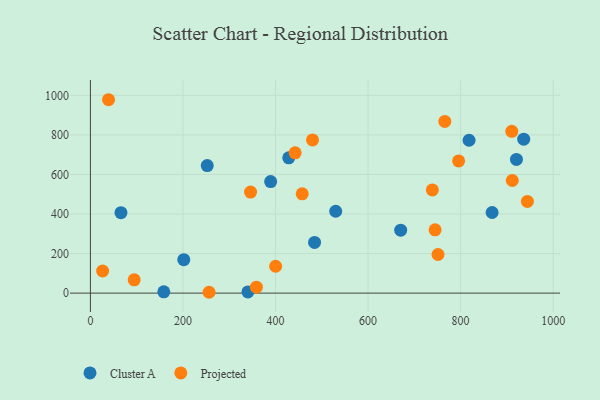
{"axis": {"x": "Price", "y": "Sales"}, "legend": ["Cluster A", "Projected"], "data": [{"x": "530.1", "y": 414.0, "type": "Cluster A"}, {"x": "252.5", "y": 645.0, "type": "Cluster A"}, {"x": "868.1", "y": 407.6, "type": "Cluster A"}, {"x": "66.0", "y": 406.8, "type": "Cluster A"}, {"x": "201.8", "y": 168.8, "type": "Cluster A"}, {"x": "158.6", "y": 6.6, "type": "Cluster A"}, {"x": "936.4", "y": 778.4, "type": "Cluster A"}, {"x": "484.4", "y": 256.4, "type": "Cluster A"}, {"x": "818.3", "y": 772.9, "type": "Cluster A"}, {"x": "428.6", "y": 684.0, "type": "Cluster A"}, {"x": "670.5", "y": 318.3, "type": "Cluster A"}, {"x": "920.7", "y": 676.0, "type": "Cluster A"}, {"x": "389.5", "y": 563.9, "type": "Cluster A"}, {"x": "340.4", "y": 6.1, "type": "Cluster A"}, {"x": "346.1", "y": 511.0, "type": "Projected"}, {"x": "751.2", "y": 195.3, "type": "Projected"}, {"x": "480.0", "y": 774.6, "type": "Projected"}, {"x": "795.7", "y": 668.3, "type": "Projected"}, {"x": "358.7", "y": 29.9, "type": "Projected"}, {"x": "94.6", "y": 66.9, "type": "Projected"}, {"x": "39.2", "y": 977.8, "type": "Projected"}, {"x": "910.6", "y": 818.2, "type": "Projected"}, {"x": "256.4", "y": 4.2, "type": "Projected"}, {"x": "944.3", "y": 463.5, "type": "Projected"}, {"x": "26.4", "y": 111.7, "type": "Projected"}, {"x": "400.3", "y": 135.7, "type": "Projected"}, {"x": "457.7", "y": 501.8, "type": "Projected"}, {"x": "739.0", "y": 521.5, "type": "Projected"}, {"x": "442.4", "y": 709.5, "type": "Projected"}, {"x": "765.9", "y": 867.9, "type": "Projected"}, {"x": "911.7", "y": 569.4, "type": "Projected"}, {"x": "744.9", "y": 320.2, "type": "Projected"}]}